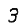
Digit: 3